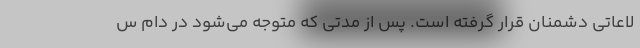
لاعاتی دشمنان قرار گرفته است. پس از مدتی که متوجه می‌شود در دام س